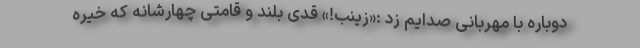
دوباره با مهربانی صدایم زد :«زینب!» قدی بلند و قامتی چهارشانه که خیره